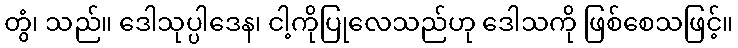
တွံ၊ သည်။ ဒေါသုပ္ပါဒေန၊ ငါ့ကိုပြုလေသည်ဟု ဒေါသကို ဖြစ်စေသဖြင့်။